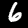
Digit: 6